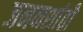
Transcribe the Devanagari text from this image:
जननशांती